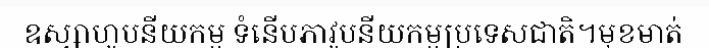
ឧស្សាហូបនីយកម្ម ទំនើបភាវូបនីយកម្មប្រទេសជាតិ។មុខមាត់